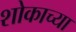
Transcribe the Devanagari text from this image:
शोकाच्या